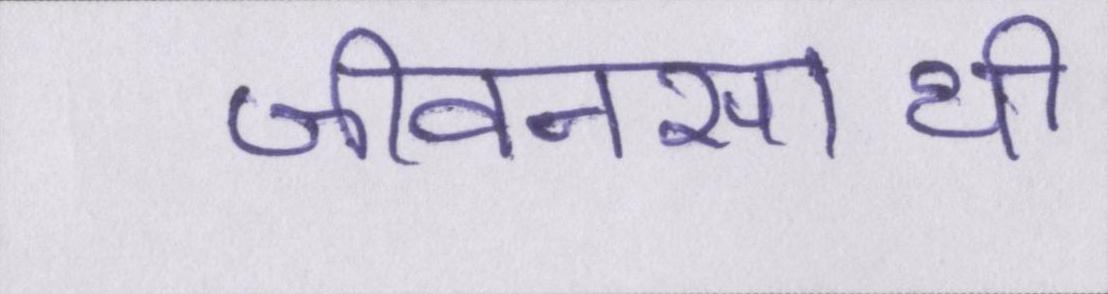
जीवनसाथी